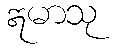
ဣမာသု